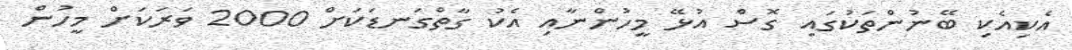
އެކިއެކި ބޭނުންތަކުގައި ގޮސް އުޅޭ މީހުންނާއި އެކު ގާތްގަނޑަކަށް 2000 ވަރަކަށް މީހުން